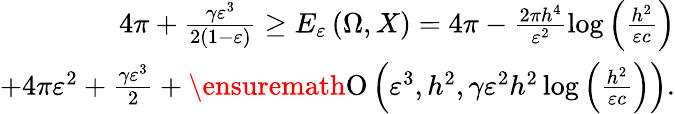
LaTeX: \begin{array}{r}{4\pi+\frac{\gamma\varepsilon^{3}}{2(1-\varepsilon)}\geq E_{\varepsilon}\left(\Omega,X\right)=4\pi-\frac{2\pi h^{4}}{\varepsilon^{2}}\log{\left(\frac{h^{2}}{\varepsilon c}\right)}}\\ {+4\pi\varepsilon^{2}+\frac{\gamma\varepsilon^{3}}{2}+\ensuremath{\operatorname{O}\left(\varepsilon^{3},h^{2},\gamma\varepsilon^{2}h^{2}\log{\left(\frac{h^{2}}{\varepsilon c}\right)}\right)}.}\end{array}